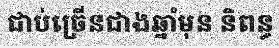
ជាប់ច្រើនជាងឆ្នាំមុន និពន្ធ